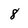
Character: 8